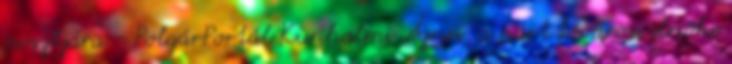
posztjára - PolgárPortál Kunhalmi Ágnes, a párt fővárosi elnöke